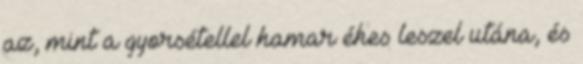
az, mint a gyorsétellel hamar éhes leszel utána, és